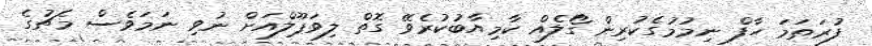
ފުރަތަމަ ހާފް ނިމުމުގެކުރިން ގޯލެއް ކާމިޔާބުކުރެވޭ ގޮތް ލިވަޕޫލްއަށް ނުވި ނަމަވެސް މެޗުގެ